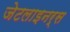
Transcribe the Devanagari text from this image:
जेटलाइनर्स